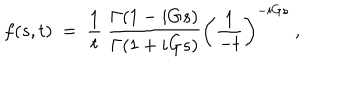
LaTeX: f ( s , t ) ~ = ~ { \frac { 1 } { t } } ~ \frac { \Gamma ( 1 - i G s ) } { \Gamma ( 1 + i G s ) } \left( \frac { 1 } { - t } \right) ^ { - i G s } ~ ,